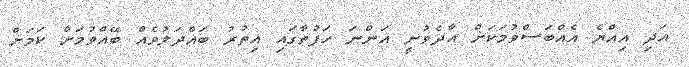
އަދި އިއްޔެ އެއްބަސްވުމަކަށް އާދެވުނީ އަންނަ ހަފުތާގައި އިތުރު ބައްދަލުވެއް ބޭއްވުމަށް ކަމަށް